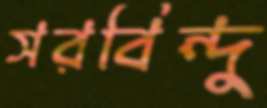
সরবিন্দু